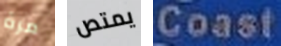
مرة يمتص Coast